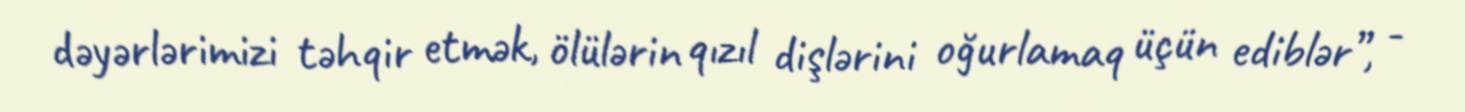
dəyərlərimizi təhqir etmək, ölülərin qızıl dişlərini oğurlamaq üçün ediblər”, -